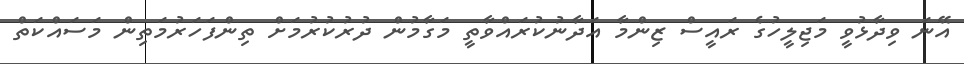
އޭނަ ވިދާޅުވީ މަޖިލީހުގެ ރައީސް ޒިންމާ އަދާނުކުރައްވާތީ މަގާމުން ދުރުކުރުމަށް ތިންފަހަރުމަތިން މަސައްކަތް